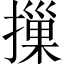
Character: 摷